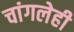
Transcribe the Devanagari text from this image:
चांगलेही